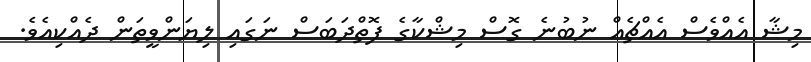
މިޝާ އެއްވެސް އެއްޗެއް ނުބުނެ ގޮސް މިޝްކާގެ ފޮތްދަބަސް ނަގައި ލިޔަންވީތަން ދެއްކިއެވެ.